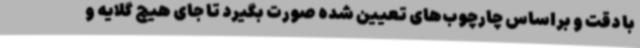
با دقت و براساس چارچوب‌های تعیین شده صورت بگیرد تا جای هیچ گلایه و